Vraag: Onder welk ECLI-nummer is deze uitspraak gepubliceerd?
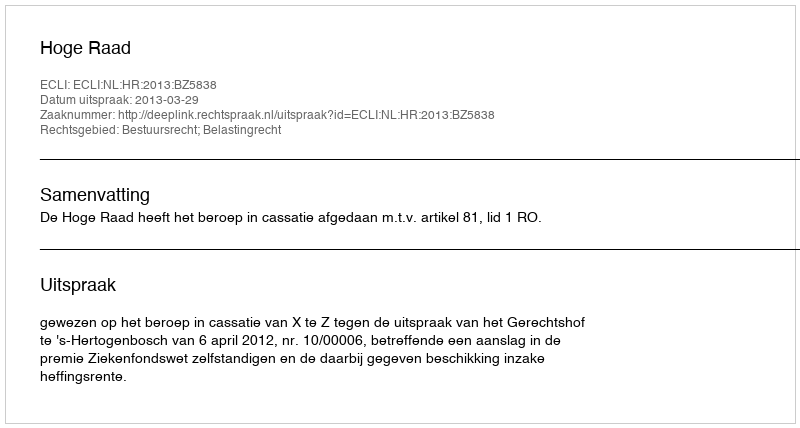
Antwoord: ECLI:NL:HR:2013:BZ5838